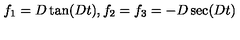
f _ { 1 } = D \tan ( D t ) , f _ { 2 } = f _ { 3 } = - D \sec ( D t )